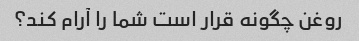
روغن چگونه قرار است شما را آرام کند؟